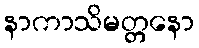
နာကာသိမတ္တနော